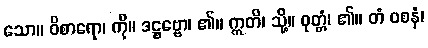
သော။ ဝိစာရော၊ ကို။ ဒဋ္ဌဗ္ဗော၊ ၏။ ဣတိ၊ သို့။ ဝုတ္တံ၊ ၏။ တံ ဝစနံ၊